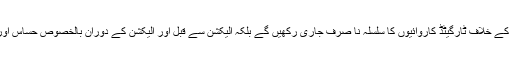
انہوں نے کہا کہ تمام تھانہ جات روٹین گشت ، اسنیپ چیکنگ اور پکٹنگ سمیت جرائم کے خلاف ٹارگیٹڈ کاروائیوں کا سلسلہ نا صرف جاری رکھیں گے بلکہ الیکشن سے قبل اور الیکشن کے دوران بالخصوص حساس اور جرائم سے متاثرہ علاقوں میں مزکورہ اقدامات کو مذید تیز اور نتیجہ خیز بنائیں گے ۔